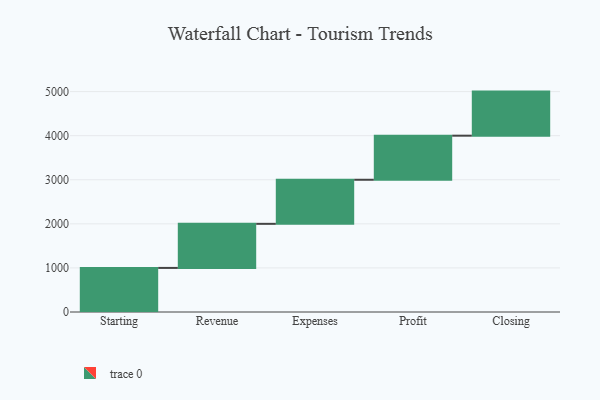
{"axis": {"x": "Step", "y": "Value"}, "legend": [""], "data": [{"x": "Starting", "y": 1000, "type": ""}, {"x": "Revenue", "y": 1000, "type": ""}, {"x": "Expenses", "y": 1000, "type": ""}, {"x": "Profit", "y": 1000, "type": ""}, {"x": "Closing", "y": 1000, "type": ""}]}